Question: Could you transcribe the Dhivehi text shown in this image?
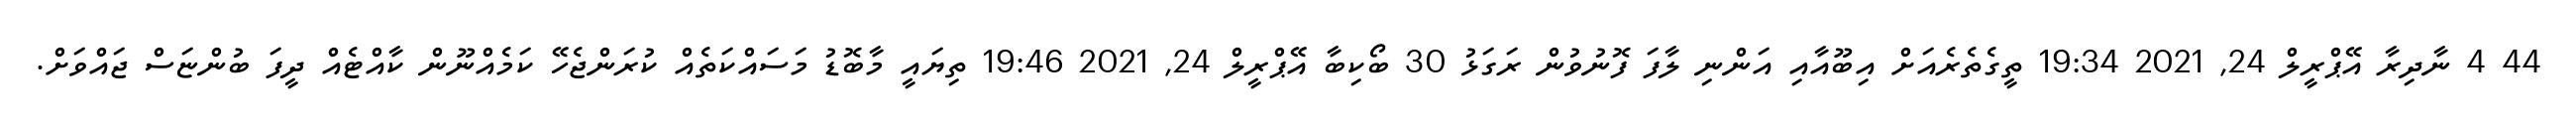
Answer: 44 4 ނާދިރާ އޭޕްރީލް 24, 2021 19:34 ތީގެތެރެއަށް އިބޫއާއި އަންނި ލާފަ ފޮނުވުން ރަގަޅު 30 ބޯކިބާ އޭޕްރީލް 24, 2021 19:46 ތިޔައީ މާބޮޑު މަސައްކަތެއް ކުރަންޖެހޭ ކަމެއްނޫން ކާއްޓެއް ދީފަ ބުންޏަސް ޖައްވަށް.